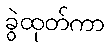
ခွဲထုတ်ကာ